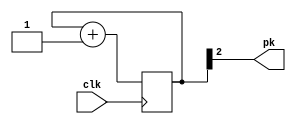
module testClock(output pk, input clk);

  reg [9:0] count;
  
  assign pk = count[2]; 

  initial begin
    count = 0;
  end

  always @(posedge clk) begin
    count = count + 1;
  end

endmodule